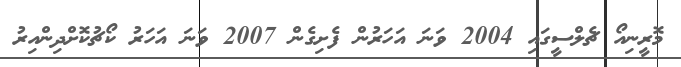
މޮރީނިއޯ ޗެލްސީގައި 2004 ވަނަ އަހަރުން ފެށިގެން 2007 ވަނަ އަހަރު ކޯޗުކޮށްދިންއިރު